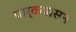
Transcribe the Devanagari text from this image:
पार्कपासून